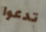
تدعوا